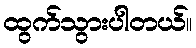
ထွက်သွားပါတယ်။